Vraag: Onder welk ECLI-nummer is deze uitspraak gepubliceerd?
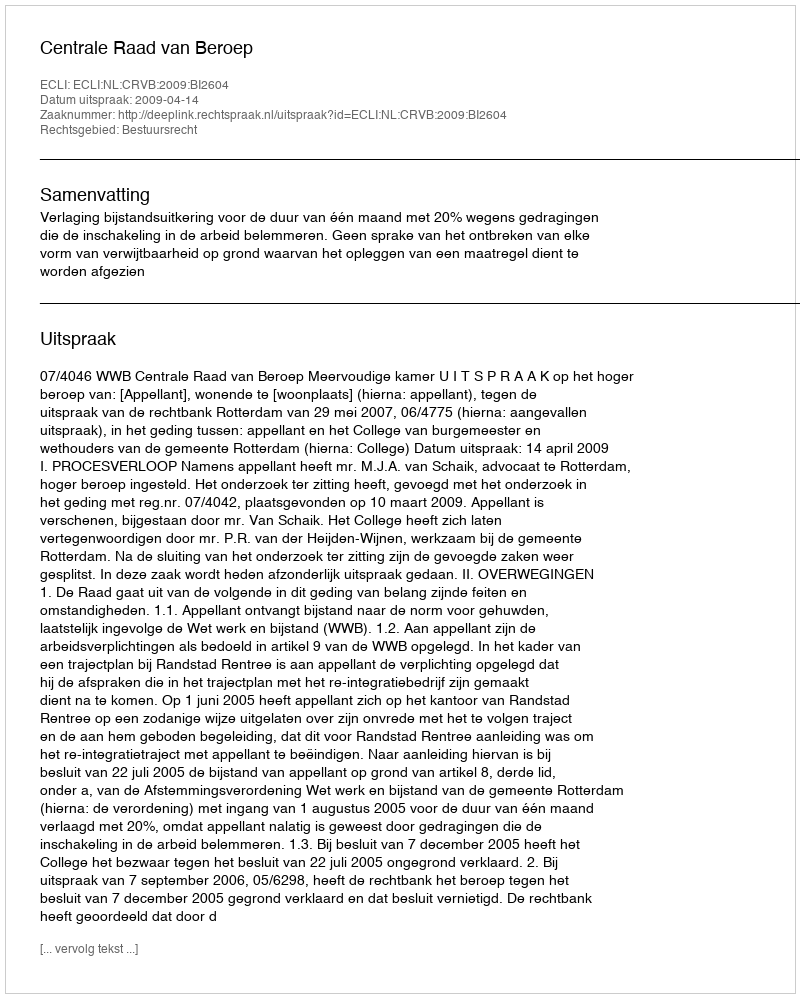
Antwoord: ECLI:NL:CRVB:2009:BI2604